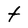
Character: t